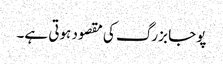
پوجا بزرگ کی مقصود ہوتی ہے۔